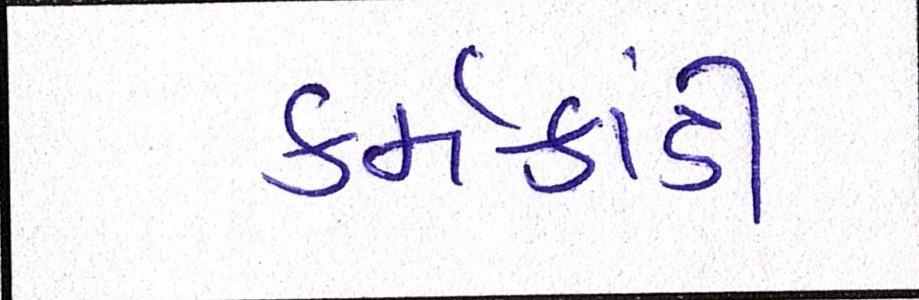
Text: કર્મકાંડી